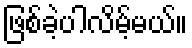
ဖြစ်ခဲ့ပါလိမ့်မယ်။